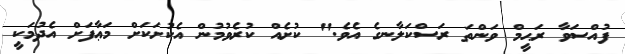
ފުއްސަވާ ރަޙީމް ވަންތަ ރަސްކަލާނގެ އެވެ." ކުށެއް ކުރެވުމުން އެކުށަކަށް މަޢާފަށް އެދުމަކީ